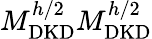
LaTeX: M_{\mathrm{DKD}}^{h/2}M_{\mathrm{DKD}}^{h/2}